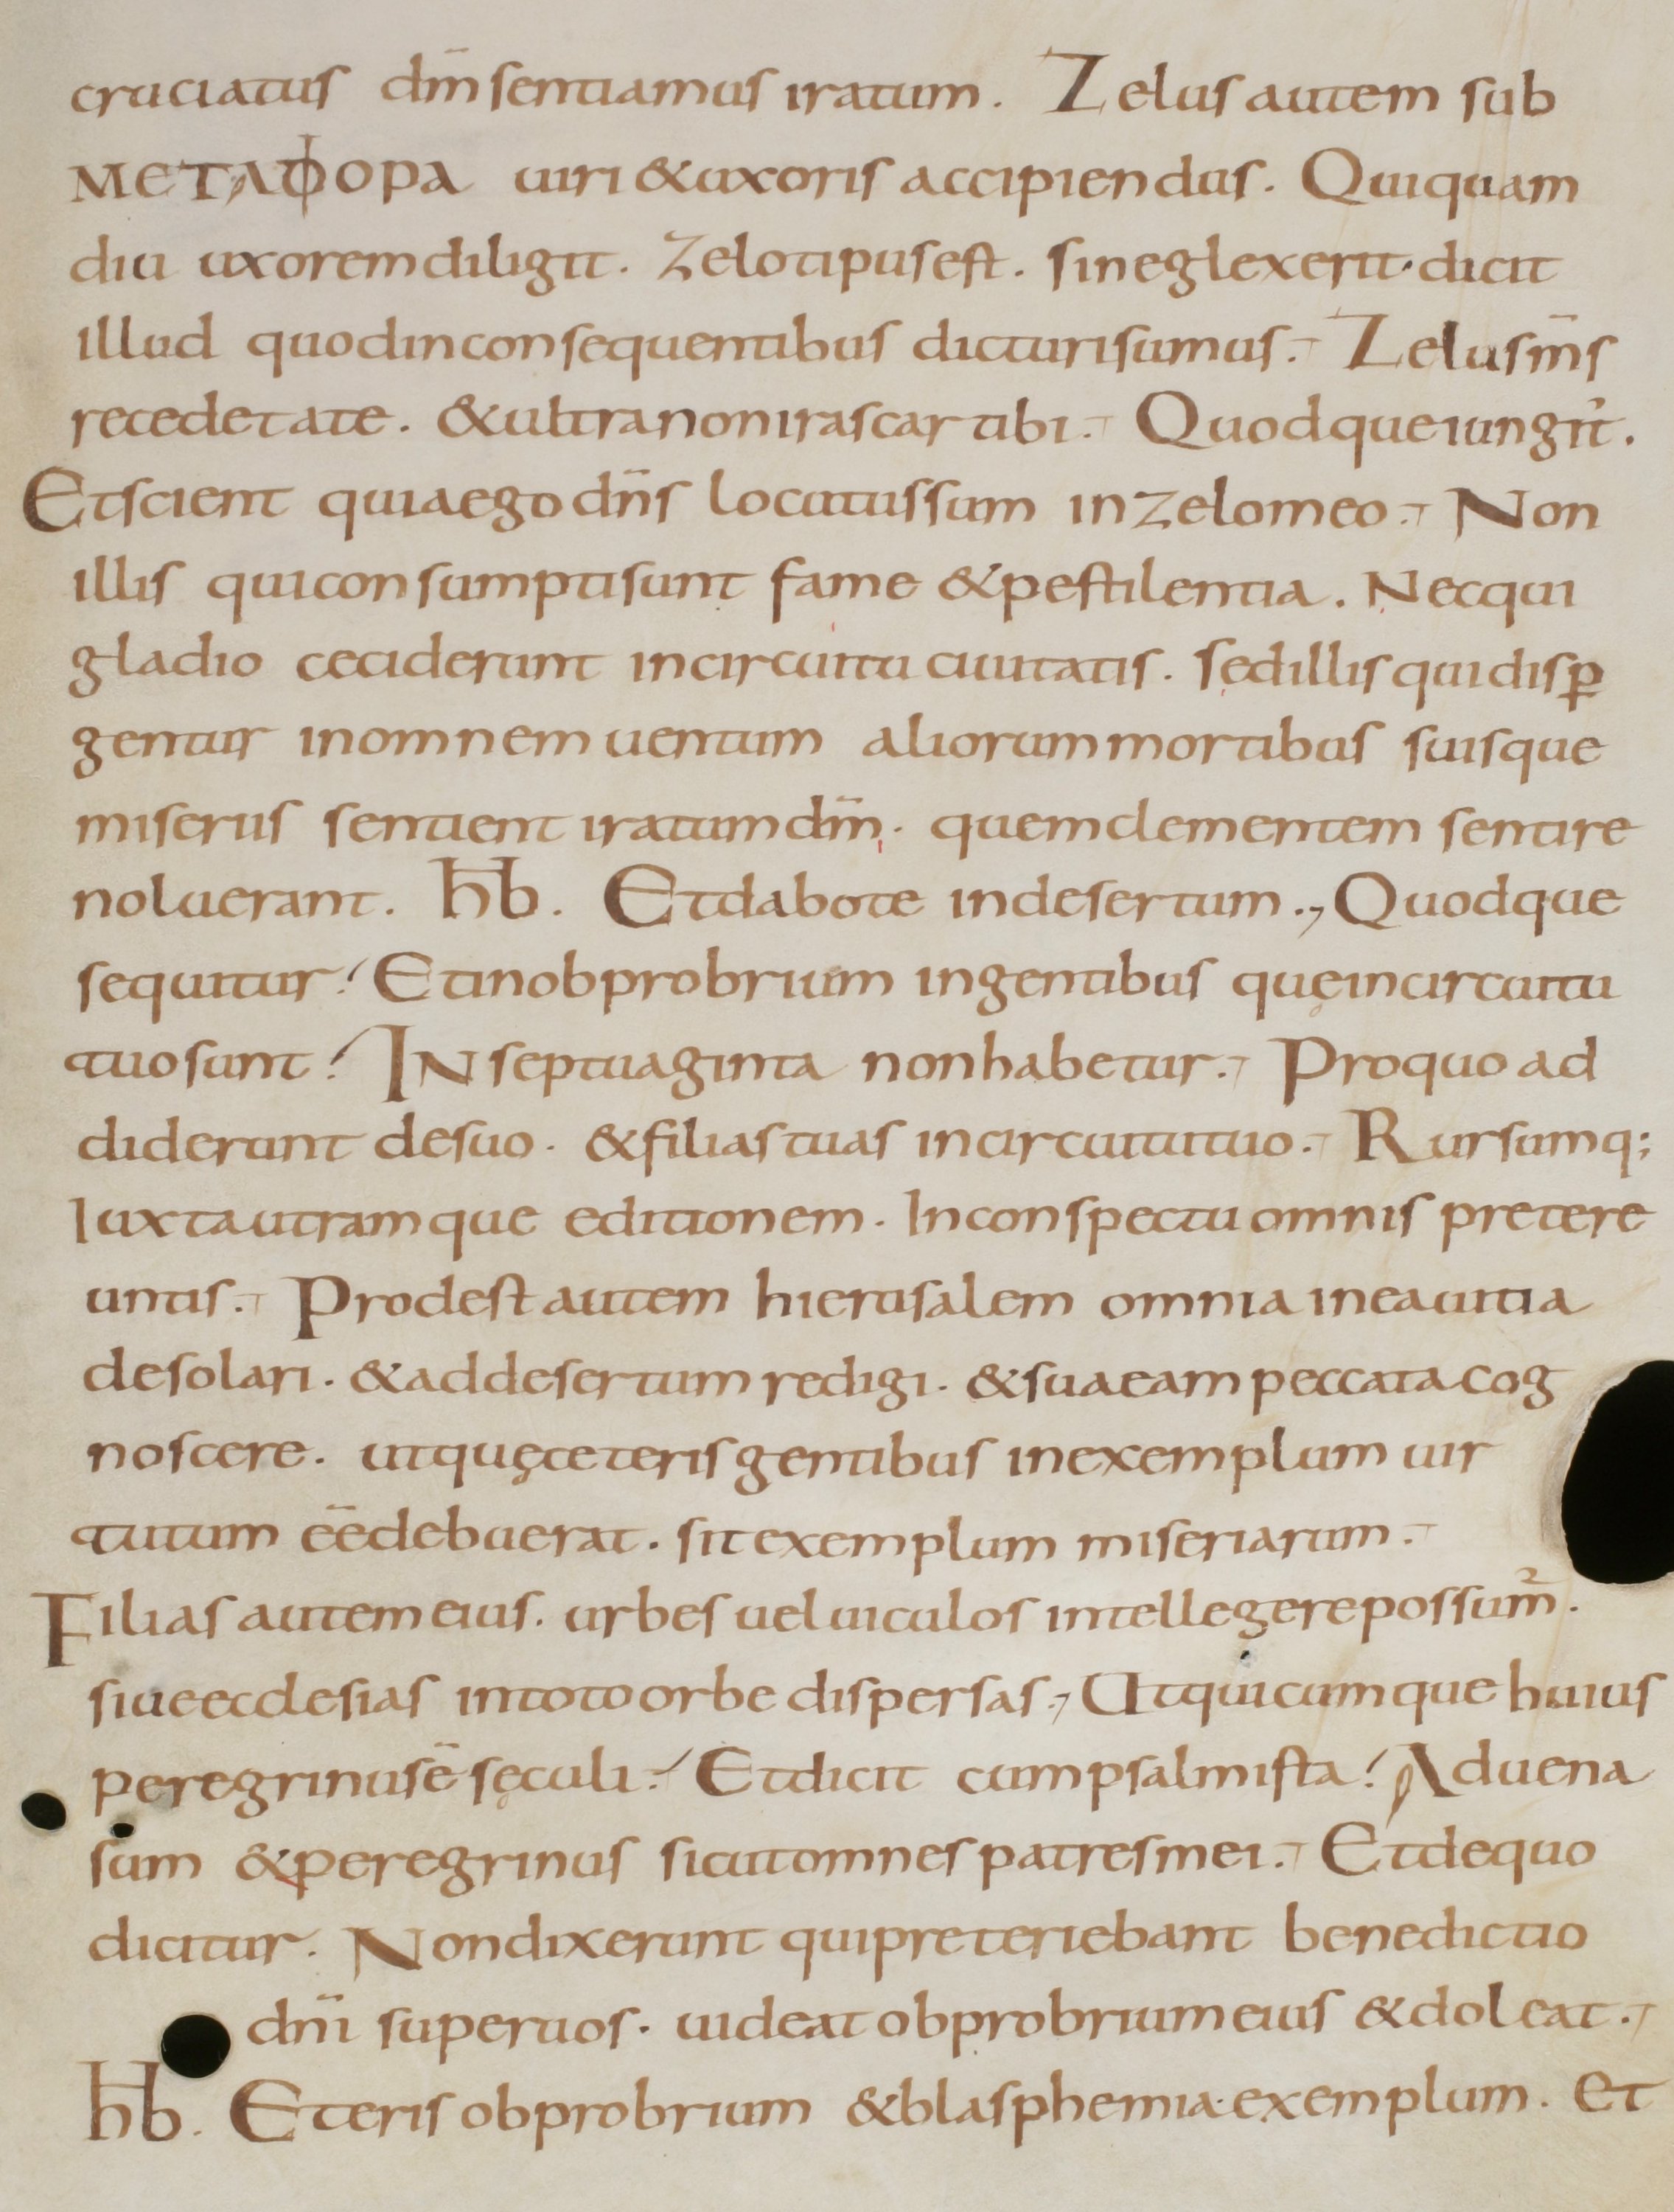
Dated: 800–899